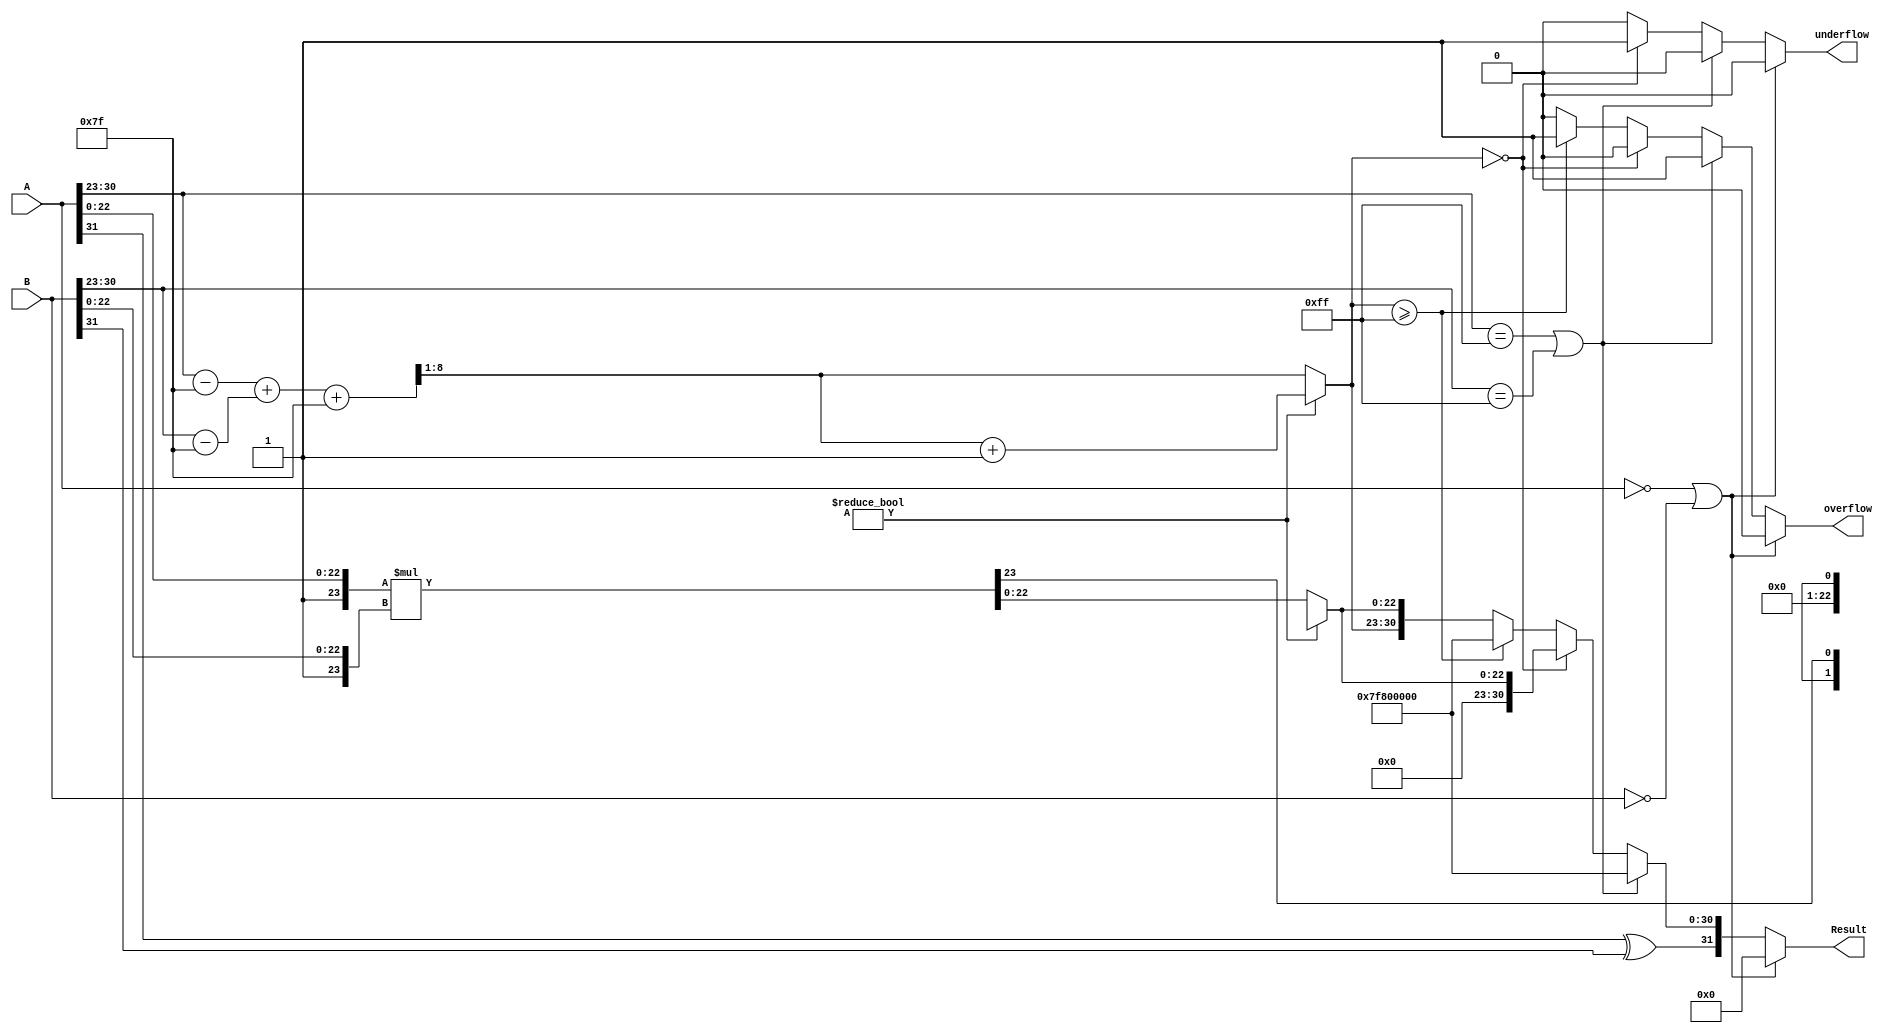
module FloatingPointMultiplier (
    input  wire [31:0] A,      // First floating-point operand
    input  wire [31:0] B,      // Second floating-point operand
    output reg  [31:0] Result,  // Resulting floating-point product
    output reg        overflow,  // Overflow flag
    output reg        underflow   // Underflow flag
);

    // IEEE 754 parameters
    localparam BIAS = 8'd127;
    localparam EXPONENT_BITS = 8;
    localparam MANTISSA_BITS = 23;

    // Internal signals
    wire signA, signB, signResult;
    wire [EXPONENT_BITS-1:0] expA, expB, expResult;
    wire [MANTISSA_BITS:0] mantA, mantB, mantProduct;
    wire [EXPONENT_BITS+MANTISSA_BITS:0] expTemp;
    reg [MANTISSA_BITS+1:0] mantResult;
    reg [EXPONENT_BITS-1:0] finalExp;
    wire [MANTISSA_BITS:0] normalizedMantissa;
    wire [EXPONENT_BITS:0] normalizedExp;

    // Extract sign, exponent, and mantissa
    assign signA = A[31];
    assign signB = B[31];
    assign expA = A[30:23];
    assign expB = B[30:23];
    assign mantA = {1'b1, A[22:0]}; // Add implicit leading 1
    assign mantB = {1'b1, B[22:0]}; // Add implicit leading 1

    // Calculate sign of the result
    assign signResult = signA ^ signB;

    // Calculate exponent
    assign expTemp = (expA - BIAS) + (expB - BIAS) + BIAS;
    assign expResult = expTemp[EXPONENT_BITS+1:1]; // Drop the overflow bit

    // Mantissa multiplication
    assign mantProduct = mantA * mantB;

    // Normalization
    always @(*) begin
        if (mantProduct[MANTISSA_BITS+MANTISSA_BITS: MANTISSA_BITS] != 0) begin
            // Normalization case where mantProduct is >= 2
            mantResult = mantProduct[MANTISSA_BITS+1:MANTISSA_BITS] >> 1; // Shift right
            finalExp = expResult + 1; // Increment exponent
        end else begin
            // Normalization case where mantProduct is < 2
            mantResult = mantProduct[MANTISSA_BITS-1:0]; // Use mantProduct as is
            finalExp = expResult; // Keep exponent as is
        end
    end

    // Handle special cases (zero, NaN, infinity)
    always @(*) begin
        if (A == 32'b0 || B == 32'b0) begin
            Result = 32'b0; // Product is zero
            overflow = 0;
            underflow = 0;
        end else if (A[30:23] == 255 || B[30:23] == 255) begin
            Result = {signResult, 8'b11111111, 23'b0}; // Result is infinity
            overflow = 1;
            underflow = 0;
        end else if (finalExp == 0) begin
            Result = {signResult, 8'b0, mantResult[MANTISSA_BITS-1:0]}; // Underflow case
            overflow = 0;
            underflow = 1;
        end else if (finalExp >= 255) begin
            Result = {signResult, 8'b11111111, 23'b0}; // Result is infinity
            overflow = 1;
            underflow = 0;
        end else begin
            Result = {signResult, finalExp, mantResult[MANTISSA_BITS-1:0]}; // Normal case
            overflow = 0;
            underflow = 0;
        end
    end
endmodule